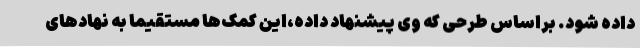
داده شود. براساس طرحی که وی پیشنهاد داده،این کمک‌ها مستقیما به نهادهای